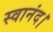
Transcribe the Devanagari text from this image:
स्वानंद।